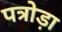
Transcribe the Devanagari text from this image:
पत्रोड़ा